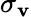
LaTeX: \sigma_{\mathbf{v}}